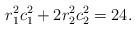
LaTeX: \begin{align*} r_1^2 c_1^2 + 2 r_2^2 c_2^2 = 24. \end{align*}